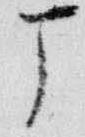
丁